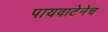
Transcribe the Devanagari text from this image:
पायवाटेनेच